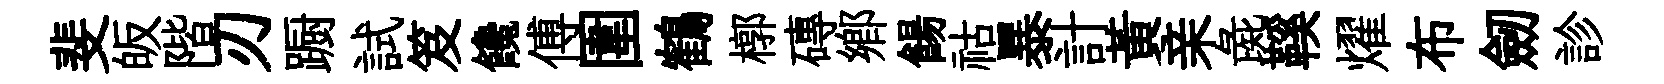
斐皈階刃蹰試笈饞傅圍鶴槨磚郷餳祜暴計黃亲彘鞵燿布劒診